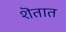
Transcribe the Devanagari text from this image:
शॆतात